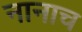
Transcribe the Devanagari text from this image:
नानाच